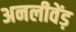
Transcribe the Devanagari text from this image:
अनलीवेंड़